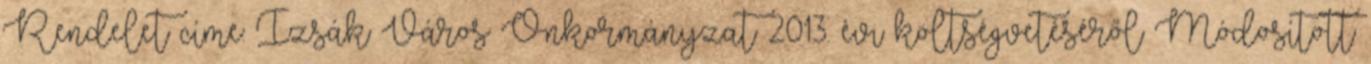
Rendelet címe: Izsák Város Önkormányzat 2013. évi költségvetéséről Módosított